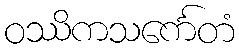
ဝဿိကသင်္ကေတံ